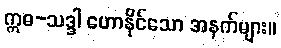
ဣဓ-သဒ္ဒါ ဟောနိုင်သော အနက်များ။